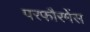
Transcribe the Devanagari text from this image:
परफौरमेंस